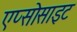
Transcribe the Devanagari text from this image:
एप्सोसाइट